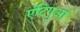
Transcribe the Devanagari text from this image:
एंटिगुआ